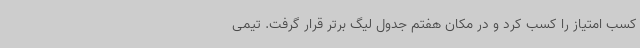
کسب امتیاز را کسب کرد و در مکان هفتم جدول لیگ برتر قرار گرفت. تیمی